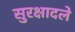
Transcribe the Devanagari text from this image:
सुरक्षादले